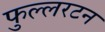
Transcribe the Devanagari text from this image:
फुल्लरटन